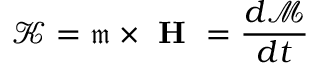
\mathcal { K } = \mathfrak { m } \times \textbf { H } = \frac { d \mathcal { M } } { d t }